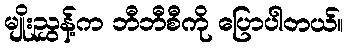
မျိုးညွှန့်က ဘီဘီစီကို ပြောပါတယ်။